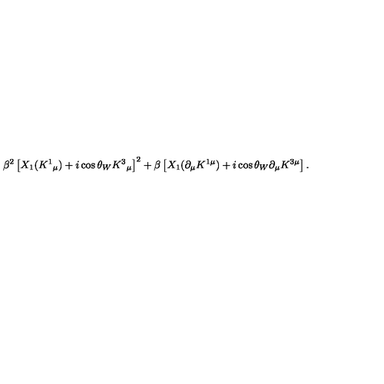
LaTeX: \beta ^ { 2 } \left[ X _ { 1 } ( K ^ { 1 } { } _ { \mu } ) + i \cos { \theta _ { W } } K ^ { 3 } { } _ { \mu } \right] ^ { 2 } + \beta \left[ X _ { 1 } ( \partial _ { \mu } K ^ { 1 \mu } ) + i \cos { \theta _ { W } } \partial _ { \mu } K ^ { 3 \mu } \right] .